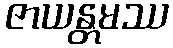
ဇာယန္တမဿ